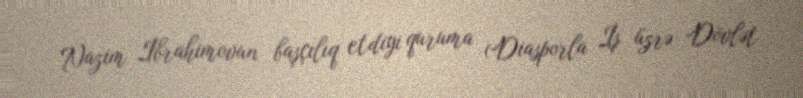
Nazim İbrahimovun başçılıq etdiyi quruma (Diasporla İş üzrə Dövlət